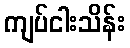
ကျပ်ငါးသိန်း